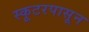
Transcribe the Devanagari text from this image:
स्कूटरपासून